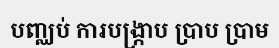
បញ្ឈប់ ការបង្ក្រាប ប្រាប ប្រាម